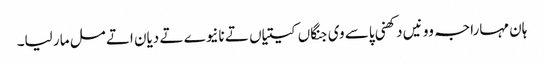
ہان مہاراجہ وو نیں دکھنی پاسے وی جنگاں کیتیاں تے نانیوے تے دیان اتے مل مار لیا۔